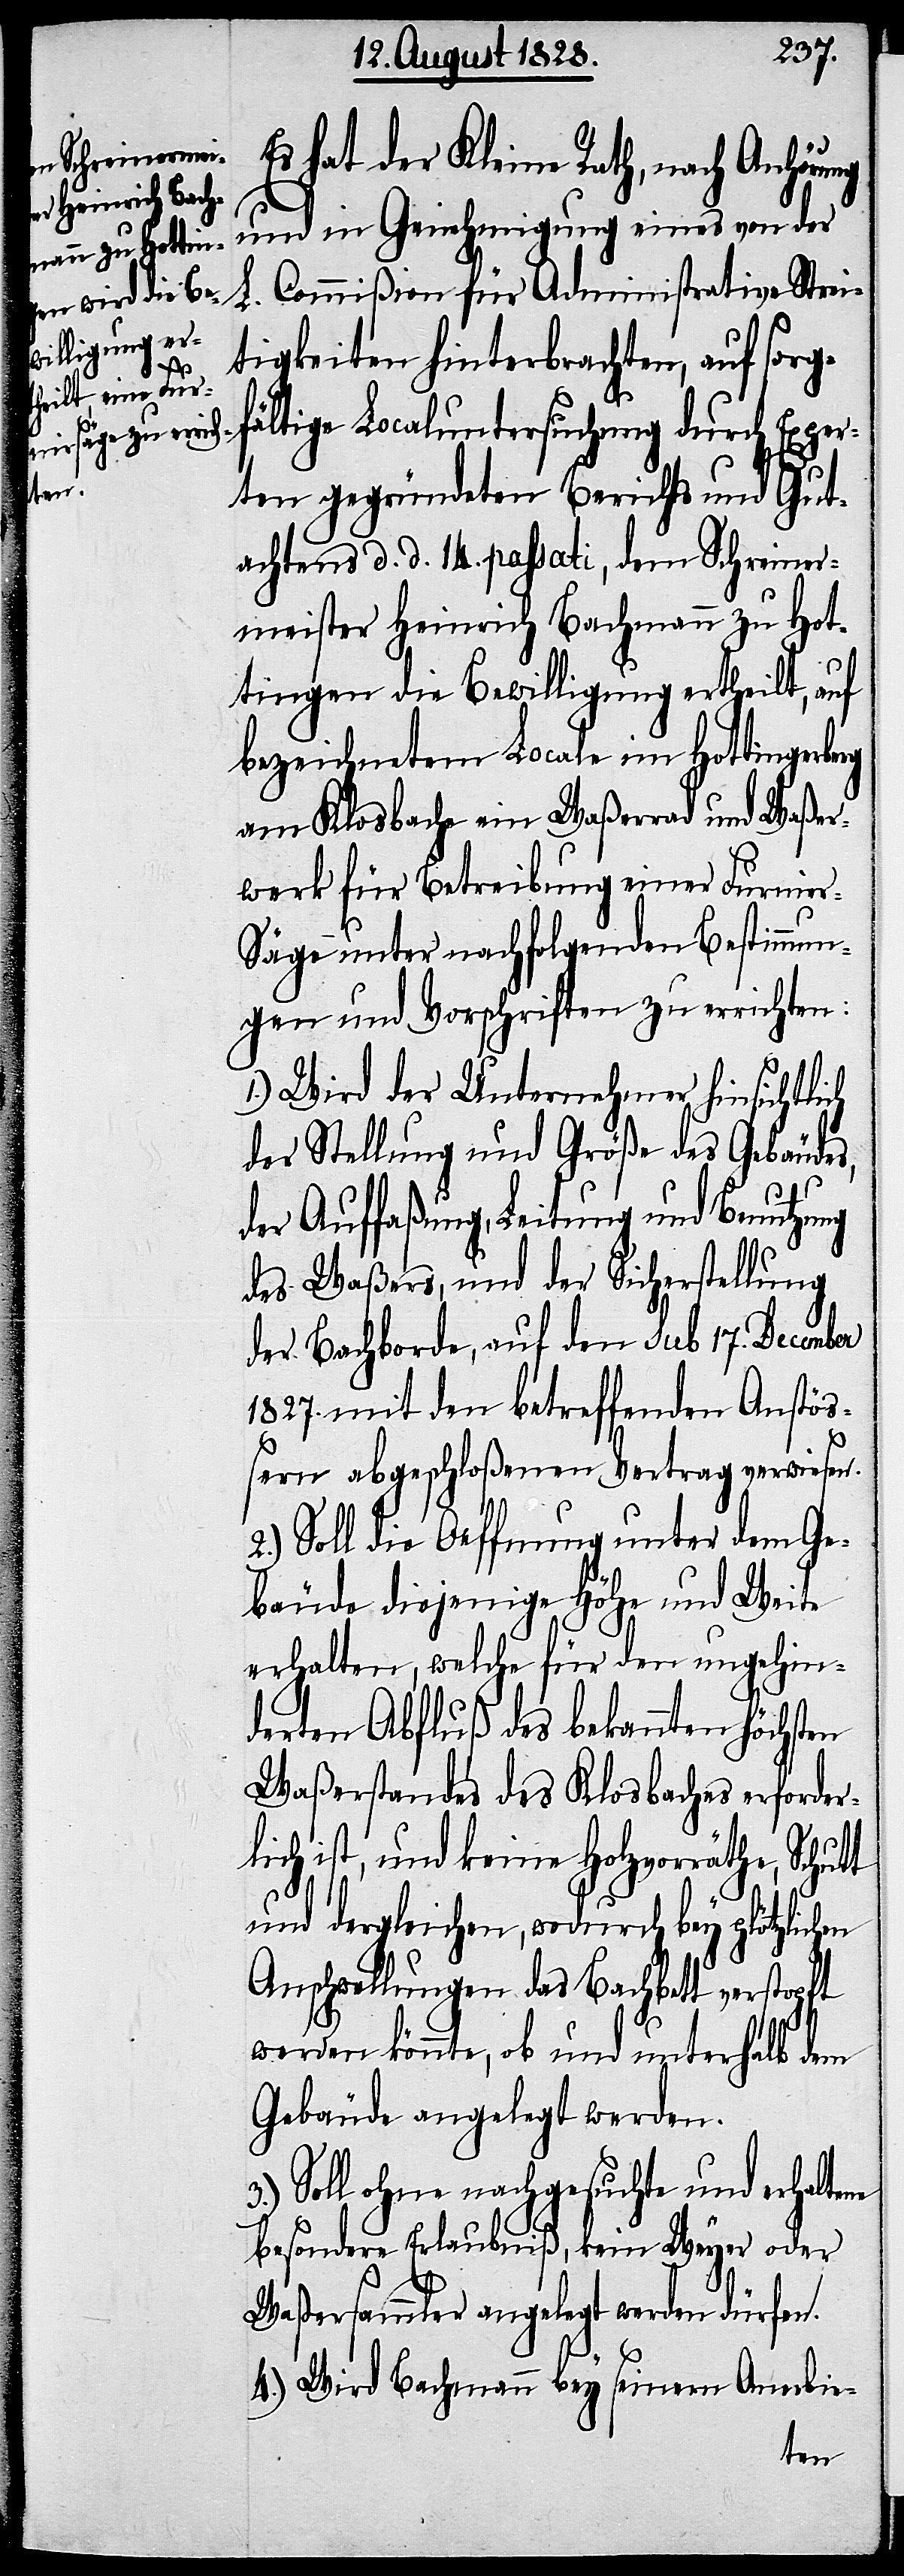
Es hat der Kleine Rath, nach Anhörung
und in Genehmigung eines von der
Commißion für Administrative Strei¬
tigkeiten hinterbrachten, auf sorg¬
rg
fältige Localuntersuchung durch Exper¬
ene
ten gegründeten Berichts und Gut¬
achtens d. d. 14. passati, dem Schreiner¬
meister Heinrich Bachmann zu Hot¬
tingen die Bewilligung ertheilt, auf
bezeichnetem Locale im Hottingerbe¬
am Klosbache ein Waßerrad und Waßer¬
werk für Betreibung einer Furnie¬
r-Säge unter nachfolgenden Bestimmun¬
gen und Vorschriften zu errichten:
1.) Wird der Unternehmer hinsichtlich
der Stellung und Größe des Gebäudes,
der Auffaßung, Leitung und Benutzung
des Waßers, und der Sicherstellung
der Bachborde, auf den sub 17. December
1827. mit den betreffenden Anstö¬
ßern abgeschloßenen Vertrag verwiesen.
2.) Soll die Oeffnung unter dem Ge¬
bäude diejenige Höhe und Weite
erhalten, welche für den ungehin¬
derten Abfluß des bekannten höchsten
Waßerstandes des Klosbaches erforder¬
lich ist, und keine Holzvorräthe, Schutt
und dergleichen, wodurch bey plötzlich¬
Anschwellungen das Bachbett verstopft
werden könnte, ob und unterhalb dem
Gebäude angelegt werden.
Soll ohne nachgesuchte und erhalt¬
besondere Erlaubniß, kein Weyer oder
Waßersammler angelegt werden dürfen.
4.) Wird Bachmann bey seinem Anerbie-